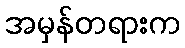
အမှန်တရားက